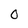
Character: O